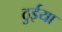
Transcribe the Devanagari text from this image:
ठुईया